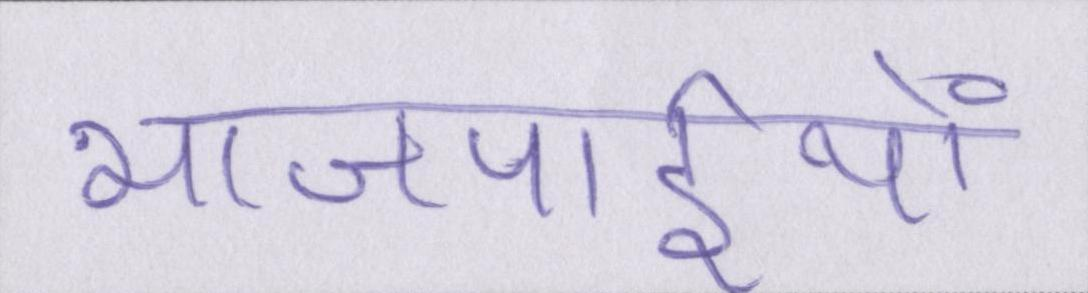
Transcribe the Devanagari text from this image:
भाजपाईयों